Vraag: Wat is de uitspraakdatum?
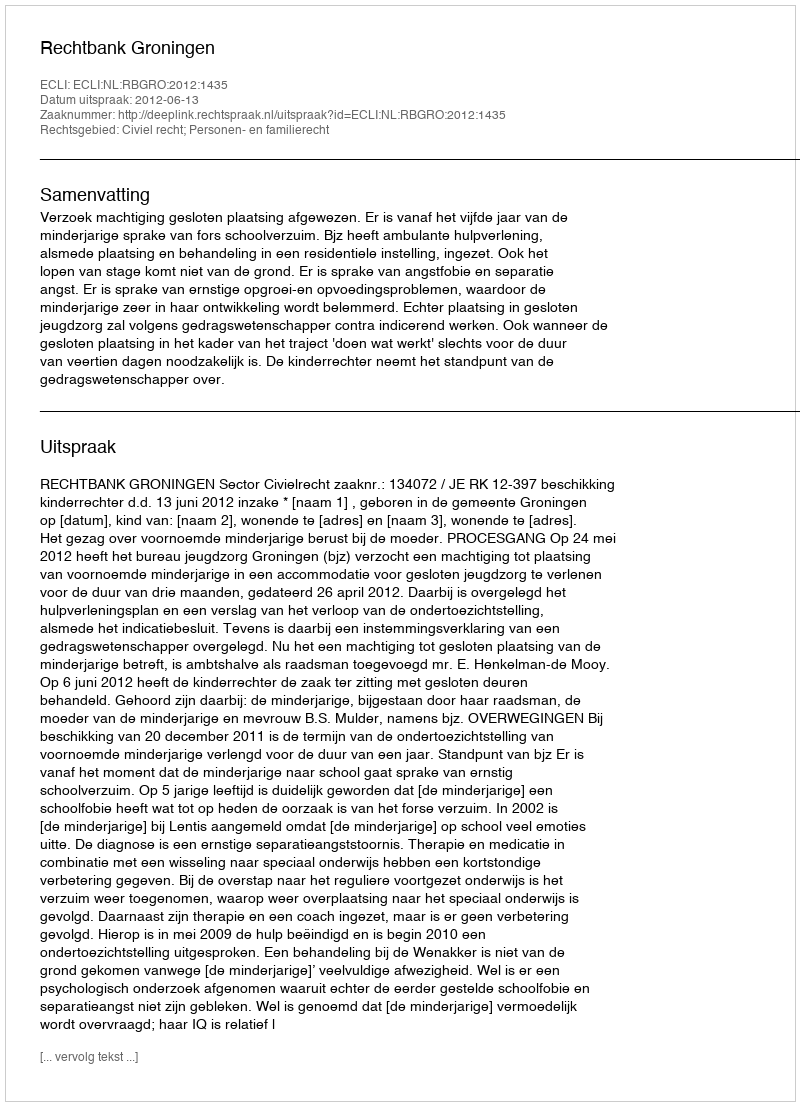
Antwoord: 2012-06-13